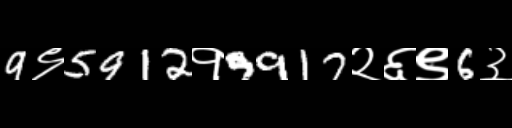
Text: 9९5912१9917२६९6३